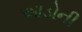
આડોની